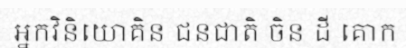
អ្នកវិនិយោគិន ជនជាតិ ចិន ដី គោក